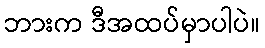
ဘားက ဒီအထပ်မှာပါပဲ။